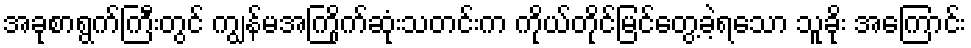
အခုစာရွက်ကြီးတွင် ကျွန်မအကြိုက်ဆုံးသတင်းက ကိုယ်တိုင်မြင်တွေ့ခဲ့ရသော သူခိုး အကြောင်း